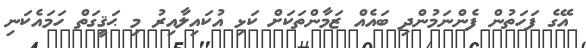
އޭގެ ފަހަތުން ފެންނަމުންދި ބައެއް ޒަމާންތަކަށް ކަޅި އުކައިލާއިރު މި ޙަޤީގަތް ހަމައެކަނި